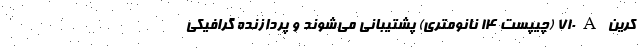
کرین 710A (چیپست 14 نانومتری) پشتیبانی می‌شوند و پردازنده گرافیکی